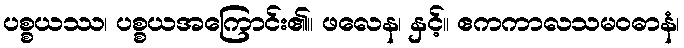
ပစ္စယဿ၊ ပစ္စယအကြောင်း၏။ ဖလေန၊ နှင့်။ ဧကကာလသမဝဓာနံ၊